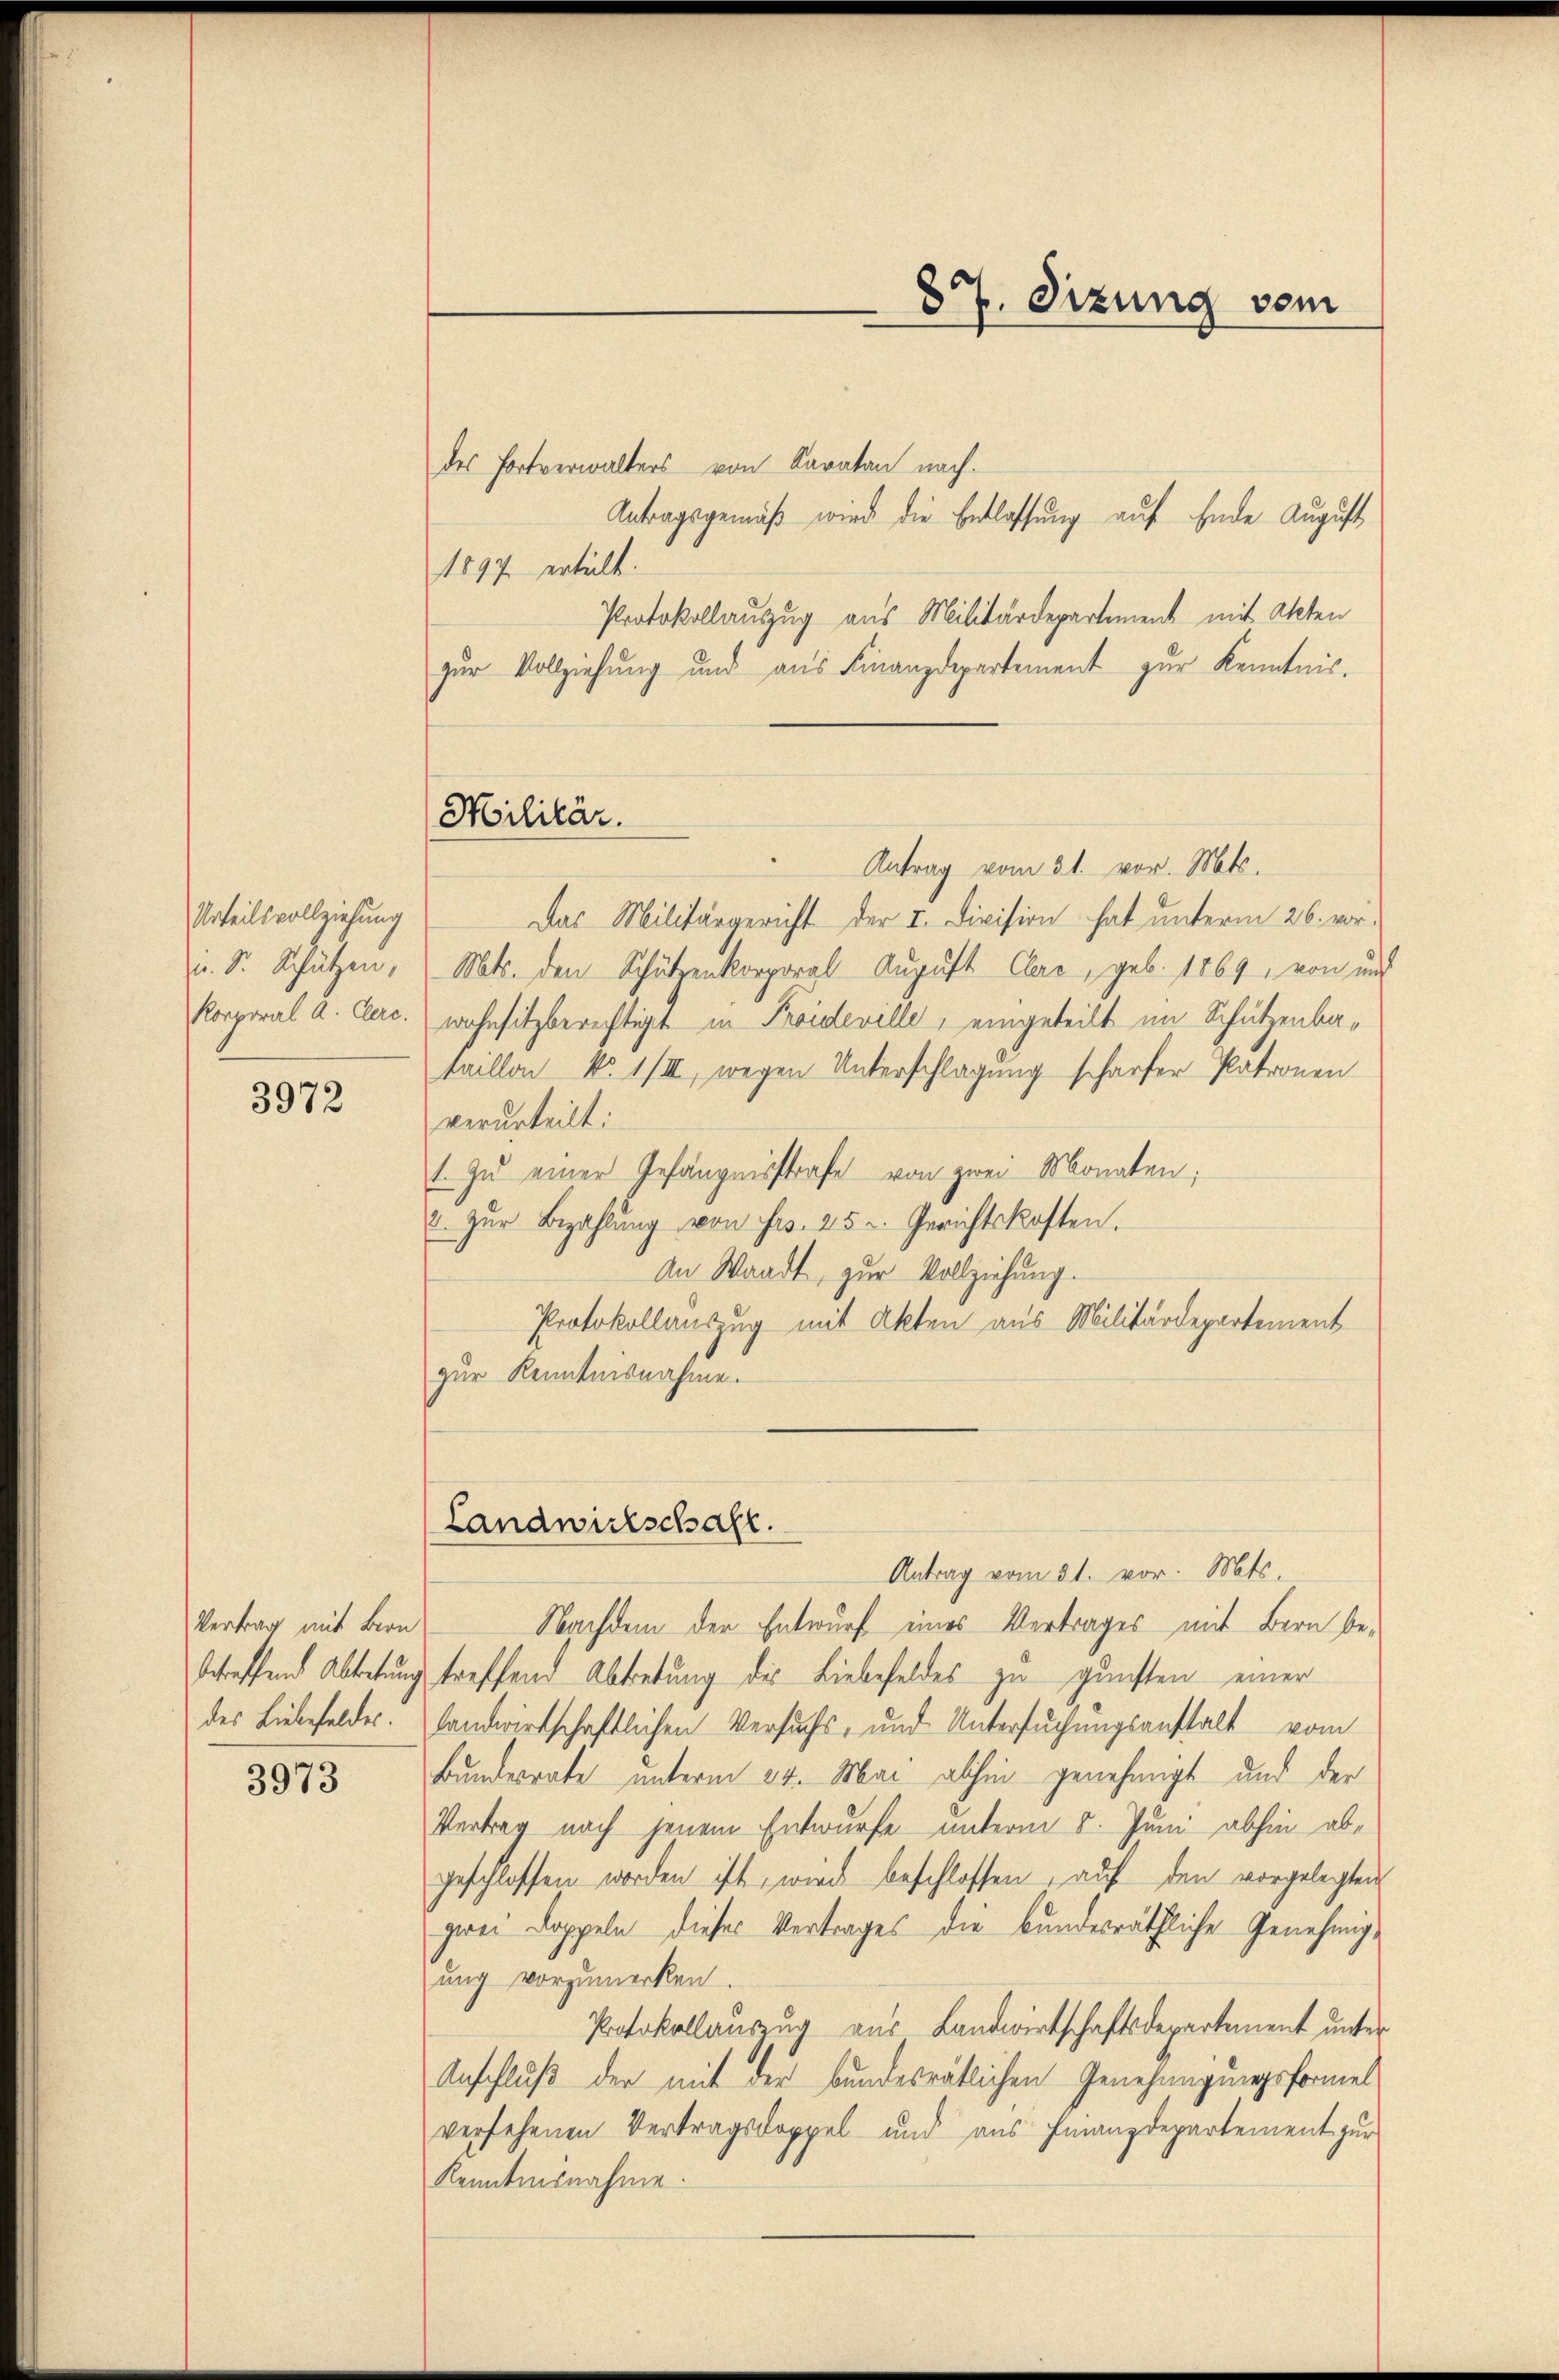
Urteilsvollziehung
u. S. Schützen,
Korporal A. Clerc.

3972

Vertrag mit Bern

3973

Militär.

des Fortverwalters von Karatan nach-
Antragsgemäß wird die Entlassung auf Ende August
1897 erhält.
Protokollauszug aus Militärdepartement mit Akten
zur Vollziehung und aus Finanzdepartement zur Kenntnis.
Antrag vom 21. vor. Mts.
Das Militärgericht der I. Division hat unterm 26. vor-
Mts. den Schützenkorporal August Clar, geb. 1869 von und
wahnsitzberechtigt in Proideville, eingeteilt im Schützenbataillon No 1/III, wegen Unterschlagung scharfer Patronen
verurteilt:
1. Zu einer Gefängnisstrafe von zwei Monaten;
u. zŭr Bezahlŭng von Frs. 25 u. Gerichtskosten.
An Waadt, zur Vollziehung.
Protokollauszug mit Akten aus Militärdepartement
zur Kenntnisnahme.
Landwirtschaft.
Antrag vom 31. vor. Mts.
Nachdem der Entwurf eines Vertrages mit Bern bebetreffend Abtretung treffend Abtretung des Liebefeldes zu gunsten einer
des Liebefeldes. landwirtschaftlichen Versuchs- und Untersuchungsanstalt vom
Bundesrate unterm 24. Mai abhin genehmigt und der
Vertrag nach jenem Entwurfe unterm 8. Juni abhin abgeschlossen worden ist, wird beschlossen, auf den vorgelegten
zwei Doppeln dieses Vertrages die bundesräthliche Genehmigung vorzumerken.
Protokollauszug aus Landwirtschaftsdepartement unter
Anschluß der mit der bundesrätlichen Genehmigungsformel
versehenen Vertragsdoppel und aus Finanzdepartement zur
Kenntnisnahme.

87. Dizung vom
.